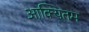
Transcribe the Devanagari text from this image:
आक्यितम